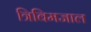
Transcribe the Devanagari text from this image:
त्रिविमजाल